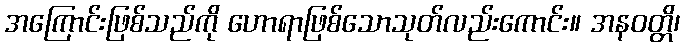
အကြောင်းဖြစ်သည်ကို ဟောရာဖြစ်သောသုတ်လည်းကောင်း။ အနဝတ္တိ၊